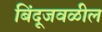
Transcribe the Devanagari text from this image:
बिंदूजवळील